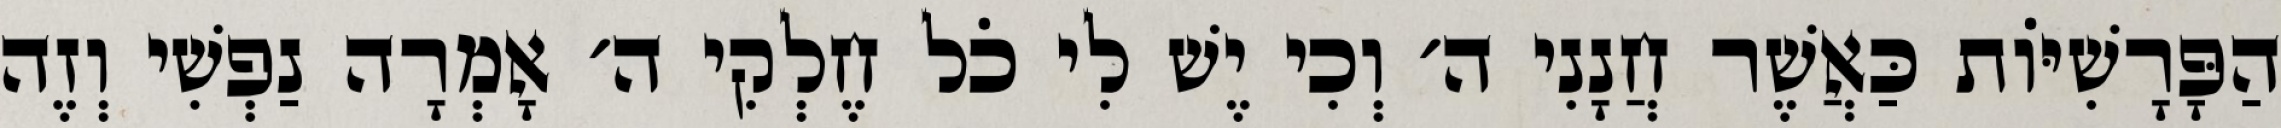
הַפָּרָשִׁיּוֹת כַּאֲשֶׁר חֲנָנִי ה׳ וְכִי יֶשׁ לִי כֹל חֶלְקִי ה׳ אָמְרָה נַפְשִׁי וְזֶה